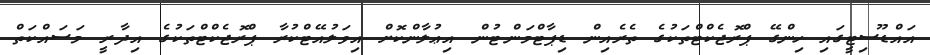
އައްޑޫސިޓީގައި ހިންގޭ ޕްރޮޖެކްޓްތަކުގެ ތެރެއިން ޑިޕާޓްމަންޓުން އިޢުލާންކޮށް އިވަލުއޭޓްކުރާ ޕްރޮޖެކްޓްތަކުގެ އިދާރީ މަސައްކަތް